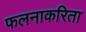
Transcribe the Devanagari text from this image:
फलनाकरिता